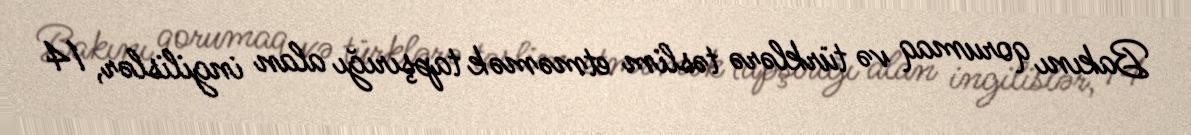
Bakını qorumaq və türklərə təslim etməmək tapşırığı alan ingilislər, 14